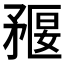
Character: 𥍻